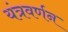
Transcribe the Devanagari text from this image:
यंत्रवर्णन